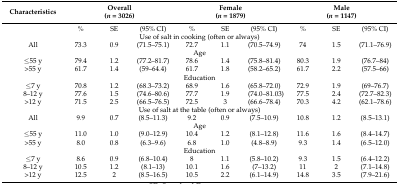
<table><thead><tr><td><b>Characteristics</b></td><td colspan="3"><b>Overall(<i>n</i> = 3026)</b></td><td colspan="3"><b>Female(<i>n</i> = 1879)</b></td><td colspan="3"><b>Male(<i>n</i> = 1147)</b></td></tr></thead><tbody><tr><td></td><td>%</td><td>SE</td><td>(95% CI)</td><td>%</td><td>SE</td><td>(95% CI)</td><td>%</td><td>SE</td><td>(95% CI)</td></tr><tr><td colspan="10">Use of salt in cooking (often or always)</td></tr><tr><td>All</td><td>73.3</td><td>0.9</td><td>(71.5–75.1)</td><td>72.7</td><td>1.1</td><td>(70.5–74.9)</td><td>74</td><td>1.5</td><td>(71.1–76.9)</td></tr><tr><td colspan="10">Age </td></tr><tr><td>≤55 y</td><td>79.4</td><td>1.2</td><td>(77.2–81.7)</td><td>78.6</td><td>1.4</td><td>(75.8–81.4)</td><td>80.3</td><td>1.9</td><td>(76.7–84)</td></tr><tr><td>&gt;55 y</td><td>61.7</td><td>1.4</td><td>(59–64.4)</td><td>61.7</td><td>1.8</td><td>(58.2–65.2)</td><td>61.7</td><td>2.2</td><td>(57.5–66)</td></tr><tr><td colspan="10">Education </td></tr><tr><td>≤7 y</td><td>70.8</td><td>1.2</td><td>(68.3–73.2)</td><td>68.9</td><td>1.6</td><td>(65.8–72.0)</td><td>72.9</td><td>1.9</td><td>(69–76.7)</td></tr><tr><td>8–12 y</td><td>77.6</td><td>1.5</td><td>(74.6–80.6)</td><td>77.7</td><td>1.9</td><td>(74.0–81.03)</td><td>77.5</td><td>2.4</td><td>(72.7–82.3)</td></tr><tr><td>&gt;12 y</td><td>71.5</td><td>2.5</td><td>(66.5–76.5)</td><td>72.5</td><td>3</td><td>(66.6–78.4)</td><td>70.3</td><td>4.2</td><td>(62.1–78.6)</td></tr><tr><td colspan="10">Use of salt at the table (often or always)</td></tr><tr><td>All</td><td>9.9</td><td>0.7</td><td>(8.5–11.3)</td><td>9.2</td><td>0.9</td><td>(7.5–10.9)</td><td>10.8</td><td>1.2</td><td>(8.5–13.1)</td></tr><tr><td colspan="10">Age</td></tr><tr><td>≤55 y</td><td>11.0</td><td>1.0</td><td>(9.0–12.9)</td><td>10.4</td><td>1.2</td><td>(8.1–12.8)</td><td>11.6</td><td>1.6</td><td>(8.4–14.7)</td></tr><tr><td>&gt;55 y</td><td>8.0</td><td>0.8</td><td>(6.3–9.6)</td><td>6.8</td><td>1.0</td><td>(4.8–8.9)</td><td>9.3</td><td>1.4</td><td>(6.5–12.0)</td></tr><tr><td colspan="10">Education</td></tr><tr><td>≤7 y</td><td>8.6</td><td>0.9</td><td>(6.8–10.4)</td><td>8</td><td>1.1</td><td>(5.8–10.2)</td><td>9.3</td><td>1.5</td><td>(6.4–12.2)</td></tr><tr><td>8–12 y</td><td>10.5</td><td>1.2</td><td>(8.1–13)</td><td>10.1</td><td>1.6</td><td>(7–13.2)</td><td>11</td><td>2</td><td>(7.1–14.8)</td></tr><tr><td>&gt;12 y</td><td>12.5</td><td>2</td><td>(8.5–16.5)</td><td>10.5</td><td>2.2</td><td>(6.1–14.9)</td><td>14.8</td><td>3.5</td><td>(7.9–21.6)</td></tr></tbody></table>